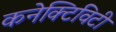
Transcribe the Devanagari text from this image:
कनेक्‍टिविटी